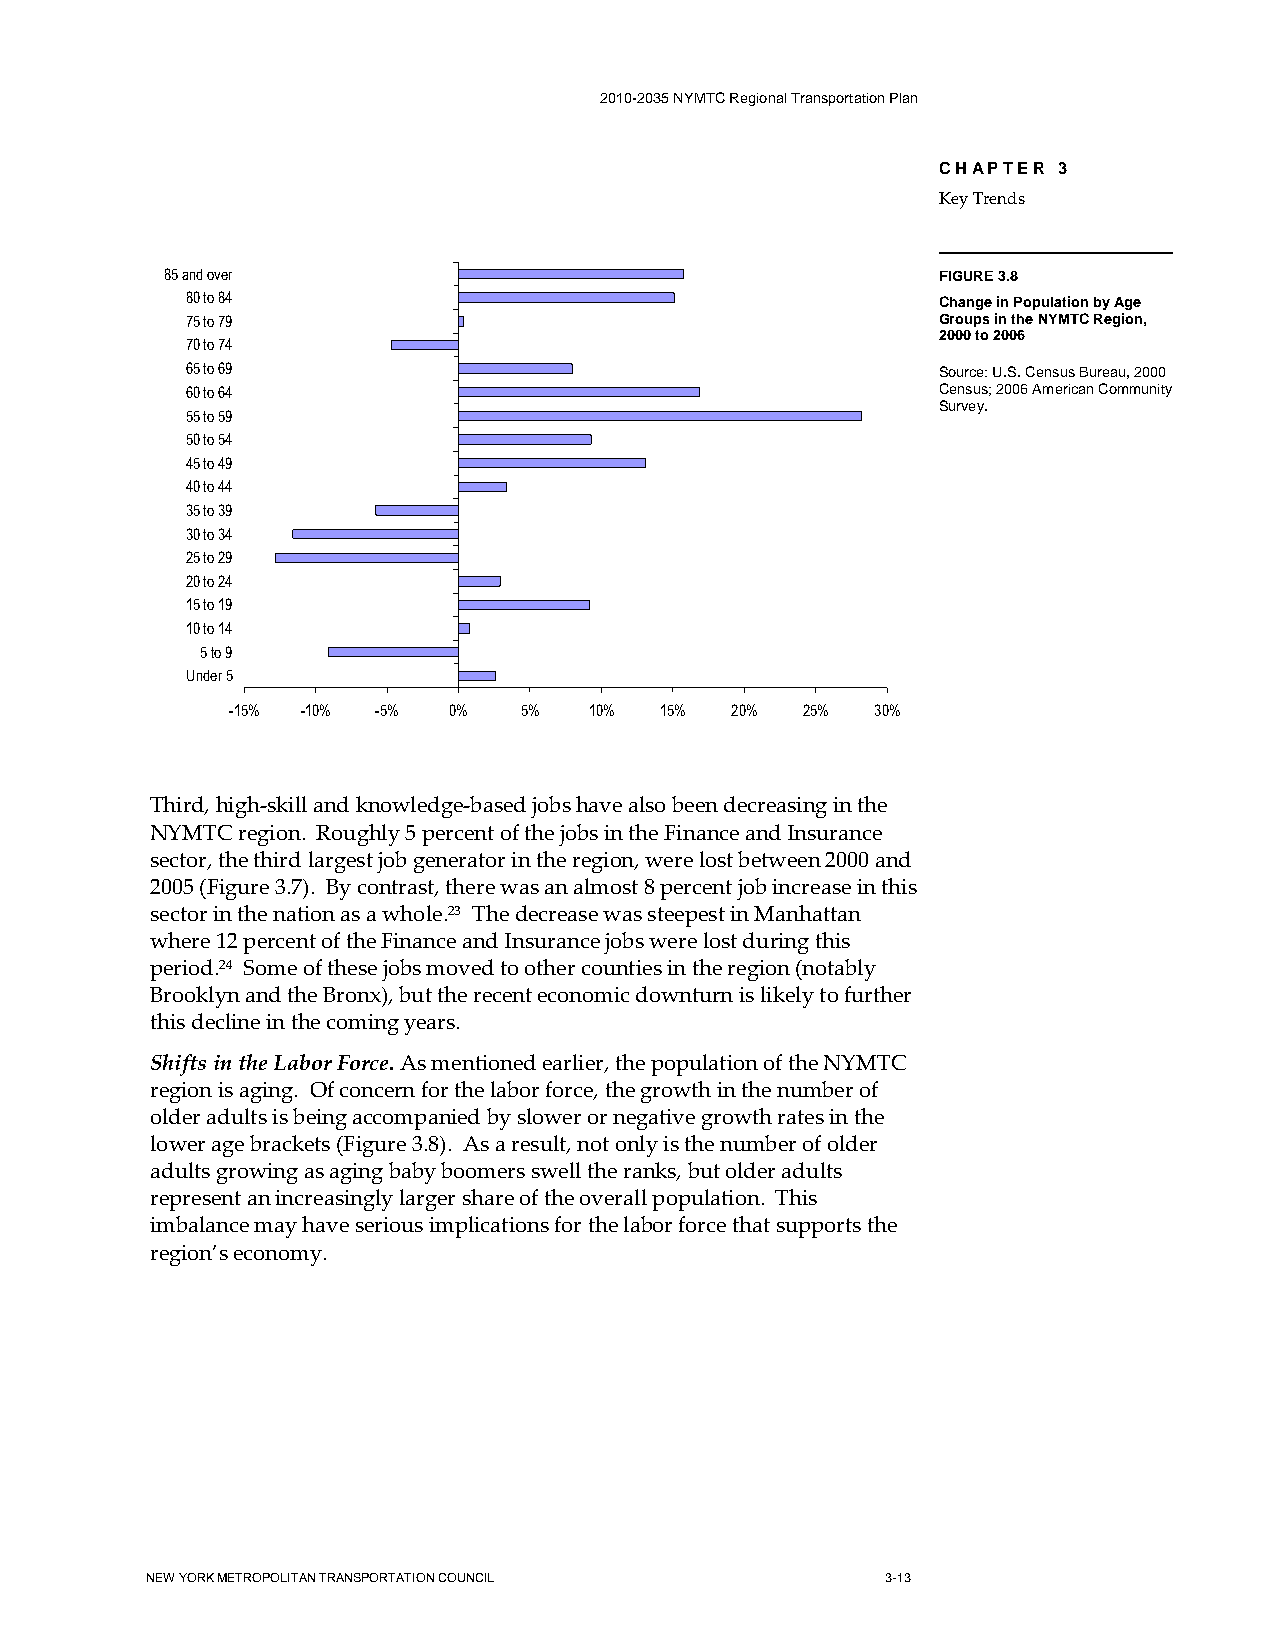
2010-2035 NYMTC Regional Transportation Plan
 CHAPTER 3
 Key Trends
 85 and over                                        FIGURE 3.8
 80 to 84                                          Change in Population by Age
 75 to 79                                          Groups in the NYMTC Region,
 2000 to 2006
 70 to 74
 65 to 69                                          Source: U.S. Census Bureau, 2000
 60 to 64                                          Census; 2006 American Community
 Survey.
 55 to 59
 50 to 54
 45 to 49
 40 to 44
 35 to 39
 30 to 34
 25 to 29
 20 to 24
 15 to 19
 10 to 14
 5 to 9
 Under 5
 -15% -10% -5%  0%  5%   10%  15% 20%  25%  30%
 Third, high-skill and knowledge-based jobs have also been decreasing in the
 NYMTC region. Roughly 5 percent of the jobs in the Finance and Insurance
 sector, the third largest job generator in the region, were lost between 2000 and
 2005 (Figure 3.7). By contrast, there was an almost 8 percent job increase in this
 sector in the nation as a whole.23 The decrease was steepest in Manhattan
 where 12 percent of the Finance and Insurance jobs were lost during this
 period.24 Some of these jobs moved to other counties in the region (notably
 Brooklyn and the Bronx), but the recent economic downturn is likely to further
 this decline in the coming years.
 Shifts in the Labor Force. As mentioned earlier, the population of the NYMTC
 region is aging. Of concern for the labor force, the growth in the number of
 older adults is being accompanied by slower or negative growth rates in the
 lower age brackets (Figure 3.8). As a result, not only is the number of older
 adults growing as aging baby boomers swell the ranks, but older adults
 represent an increasingly larger share of the overall population. This
 imbalance may have serious implications for the labor force that supports the
 region’s economy.
 NEW YORK METROPOLITAN TRANSPORTATION COUNCIL     3-13